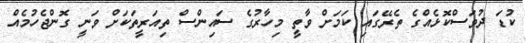
ކުޑަ ދުވަސްކޮޅެއްގެ ތެރޭގައި ކަމަށް ވާތީ މިހާރުގެ ސައިންސް ތިއަރީތަކަށް ވަނީ ގޮންޖެހުމެއް